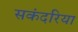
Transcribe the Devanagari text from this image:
सकंदरिया